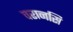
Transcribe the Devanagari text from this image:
वरानसि